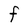
Character: F